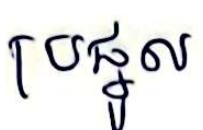
ប្រផ្នូល